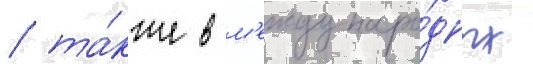
/ та́кже в м'еждунаро́дных